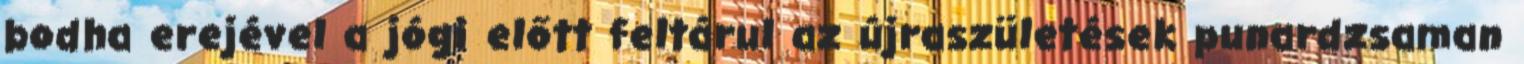
bodha erejével a jógi előtt feltárul az újraszületések punardzsaman